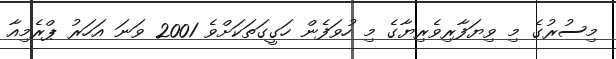
މިސުރުގެ މި ވިޔަފާރިވެރިޔާގެ މި ހުވަފެން ހަގީގަތަކަށްވެ 2001 ވަނަ އަހަރު ޕްރެމިއާ